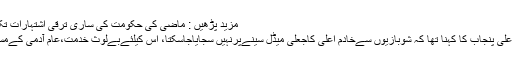
مزید پڑھیں : ماضی کی حکومت کی ساری ترقی اشتہارات تک محدود تھی،عثمان بزدار
یاد رہے گذشتہ روز وزیراعلیٰ پنجاب کا کہنا تھا کہ شوبازیوں سےخادم اعلیٰ کاجعلی میڈل سینےپرنہیں سجایاجاسکتا، اس کیلئےبےلوث خدمت،عام آدمی کےمسائل کااحساس کرناپڑتاہے۔